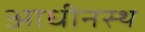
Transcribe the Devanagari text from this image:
आधीनस्थ